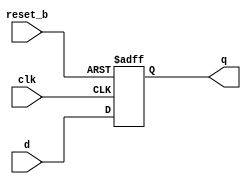
`timescale 1ns / 1ns

//-----------------------------------------------------------------------------
// Design Name : CSE591 Lab #3
// Function    : D flip-flop async reset
// Description :
//-----------------------------------------------------------------------------
module dff_async_reset
    (input  wire d,       // Data Input
    input  wire clk,     // Clock Input
    input  wire reset_b, // Reset input
    output reg  q);      // Q output
    
    always@(posedge clk or negedge reset_b)
        if (~reset_b) q <= 1'b0;
        else          q <= d;
    
endmodule

//-----------------------------------------------------------------------------
// Design Name : CSE591 Lab #3
// Function    : Synchronization
//-----------------------------------------------------------------------------
module sync
    (input wire OutputClock,  //
    input  wire reset_b,      //
    input  wire InputData,    //
    output wire OutputData);  //

    /*************************************************************************
    * Continuous Assignments                                                *
    *************************************************************************/
    wire synch_flop_1;
    
    
    /*************************************************************************
    * Module Instantations                                                  *
    *************************************************************************/
    
    dff_async_reset
        dff_1
        (// Global Signals                  // ----------------------------
        .clk     (OutputClock),
        .reset_b (reset_b),
        //                                  // ----------------------------
        .d       (InputData),
        .q       (synch_flop_1));
    
    dff_async_reset
        dff_2
        (// Global Signals                  // ----------------------------
        .clk     (OutputClock),
        .reset_b (reset_b),
        //                                 // ----------------------------
        .d       (synch_flop_1),
        .q       (OutputData));
    
endmodule

//-----------------------------------------------------------------------------
// Design Name : CSE591 Lab #3
// Function    : Pointer Comparator Module
//-----------------------------------------------------------------------------
module COMPARE
    #(parameter DEPTH = 10, ALMOST_FULL = 4 /* 32 Elements */)
    (input  [DEPTH:0] wptr, rptr,
    output wire      empty, full);
    
    /*************************************************************************
    * Continuous Assignments                                                *
    *************************************************************************/
    assign empty = (wptr[DEPTH:0] == rptr[DEPTH:0]);
    // assign full  = (wptr[DEPTH] != rptr[DEPTH]) & (wptr[DEPTH-1:0] == rptr[DEPTH-1:0]);
    assign full  = (wptr[DEPTH] != rptr[DEPTH]) & (wptr[DEPTH-1: ALMOST_FULL] == rptr[DEPTH-1: ALMOST_FULL]);
    
    // synthesis translate off
    always@(full or empty) begin
        $display("current depth is %0d, current empty is %0d, current full is %0d", DEPTH, empty, full);
    end 
    // synthesis translate on
endmodule        


//-----------------------------------------------------------------------------
// Design Name : CSE591 Lab #3
// Function    : D flip-flop async reset
//-----------------------------------------------------------------------------
module POINTER
    #(parameter DEPTH = 5 /* 32 Elements */)
    (input                clk, reset_b, incr,
    output reg [DEPTH:0] ptr);
    
    // fifo control logic (register for read pointers)
    always@(posedge clk, negedge reset_b)
        if (~reset_b) ptr <= 0;
        else if (incr) ptr <= ptr + 1;
    
endmodule

module memory
    #(parameter WIDTH = 7, DEPTH = 32, ADDR = 5)
    (// Globals Signals
    input  wire             clk, reset_b, 
    input  wire             write,
    input  wire [ADDR -1:0] waddr, raddr,
    input  wire [WIDTH-1:0] wdata,
    output wire [WIDTH-1:0] rdata);
    
    integer i;
    reg [WIDTH-1:0] memory [DEPTH-1:0];
    
    /*************************************************************************
    * Continuous Assignments                                                *
    *************************************************************************/
    assign rdata = memory [raddr]; // register file read operation
    
    always @(posedge clk, negedge reset_b) // register file write operation
        if (~reset_b) for (i = 0; i < DEPTH; i = i + 1) memory[i] <= 'd0;
        else if (write) memory [waddr] <= wdata;
    
endmodule

//-----------------------------------------------------------------------------
// Design Name : CSE591 Lab #3
// Function    : Asynchronous FIFO
//-----------------------------------------------------------------------------
module async_fifo (reset_b, rclk, wclk, write, read, wdata, rdata, empty, full);
    parameter WIDTH =  8;
    parameter DEPTH = 32;
    parameter ADDR  =  5;
    
    input  wire             reset_b;
    input  wire             rclk;
    input  wire             wclk;
    input  wire             write;
    input  wire             read;
    input  wire [WIDTH-1:0] wdata;
    output wire [WIDTH-1:0] rdata;
    output wire             empty;
    output wire             full;
    
    wire             write_wclk;
    wire             read_rclk;
    wire [WIDTH-1:0] wdata_wclk;
    wire [WIDTH-1:0] rdata_wclk;
    wire [ADDR   :0] raddr_wclk;
    wire [ADDR   :0] waddr_wclk;
    wire [ADDR   :0] raddr_rclk;
    wire [ADDR   :0] waddr_rclk;
    
    /*************************************************************************
    * Continuous Assignments                                                *
    *************************************************************************/
    assign wdata_wclk = wdata;
    assign write_wclk = write;
    assign read_rclk  = read;
    assign rdata      = rdata_wclk;
    
    /*************************************************************************
    * Module Instantiation                                                  *
    *************************************************************************/
    memory #(WIDTH, DEPTH, ADDR)
        i_memory
        (// Globals Signals
        .clk     (wclk),
        .reset_b (reset_b),
        .write   (write_wclk),
        .waddr   (waddr_wclk[ADDR-1:0]),
        .raddr   (raddr_wclk[ADDR-1:0]),
        .wdata   (wdata_wclk),
        .rdata   (rdata_wclk));
        
    genvar i;
    generate
        for(i=0; i <= ADDR; i = i + 1) begin: Write_Address
                sync
                i_write_ClockSync
                (// Global Signals
                .OutputClock(rclk),          // I
                .reset_b    (reset_b),       // I
                //
                .InputData  (waddr_wclk[i]), // I
                //
                .OutputData (waddr_rclk[i]));// O
            end
    endgenerate
    
    genvar j;
    generate
        for(j = 0; j <= ADDR; j = j + 1) begin: Read_Address
                sync
                i_read_ClockSync
                (// Glbal Signals
                .OutputClock(wclk),          // I
                .reset_b    (reset_b),        // I
                //
                .InputData  (raddr_rclk[j]), // I
                //
                .OutputData (raddr_wclk[j]));// O           
        end
    endgenerate
    
    POINTER #(ADDR)
        read_pointer_rclk
        (// Globals Signals
        .clk             (rclk),
        .reset_b         (reset_b),
        //
        .incr    (read_rclk),
        //
        .ptr     (raddr_rclk));
    
    POINTER #(ADDR)
        write_pointer_wclk
        (.clk     (wclk),
        .reset_b (reset_b),
        .incr    (write_wclk),
        .ptr     (waddr_wclk));
    
    COMPARE #(ADDR)
        comparator_rclk (
        .wptr    (waddr_rclk),
        .rptr    (raddr_rclk),
        .empty   (empty),
        .full    ());
    
    COMPARE #(ADDR)
        comparator_wclk
        (.wptr    (waddr_wclk),
        .rptr    (raddr_wclk),
        .empty   (),
        .full    (full));
    
endmodule

//-----------------------------------------------------------------------------
// Design Name : CSE591 Lab #3
// Function : Output State Machine
//-----------------------------------------------------------------------------
module output_sm (
    // Global inputs
    input  wire clk,                   // System Clock
    input  wire reset_b,               // Active high, asyn reset
    // FIFO Interface
    input  wire        fifo_empty,     // FIFO is empty
    output wire        fifo_read,      // FIFO read enable
    input  wire [8:0]  fifo_data,      // FIFO data
    // Ouput Interface
    output wire         ready,         // Output data valid
    input  wire         read,          // Output read enable
    output reg  [7:0]   port           // Data input
    );
    
    parameter IDLE        = 3'b000,
        PROCESS_PACKET    = 3'b001,
        PROCESS_LAST      = 3'b010,
        END_OF_PACKET_1   = 3'b011,
        END_OF_PACKET_2   = 3'b100,
        END_OF_PACKET_3   = 3'b101;
    
    reg [02:00] state, next_state;
    reg [08:00] last_fifo_data;
    reg [07:00] next_port;
    reg         hold_off_ready;
    
    wire end_of_packet;
    
    /*************************************************************************
    * Continuous Assignments                                                *
    *************************************************************************/
    
    // Pass FIFO empty signal directly out as Output data valid,
    // but also hold it until packet is processed
    assign ready = (~fifo_empty && ~hold_off_ready) || (state == PROCESS_LAST);
    
    // Pass read signal directly through as FIFO read, as long as we are in
    // states that need new data
    assign fifo_read = (~fifo_empty & read & ((next_state == PROCESS_PACKET) | (next_state == PROCESS_LAST)));
           
    assign end_of_packet = fifo_data[8];
           
    // Synchronous SM Logic
    always @(posedge clk or negedge reset_b)
        if (~reset_b) begin
            state           <= IDLE;
            port            <= 8'h0;
        end
        else begin
            state           <= next_state;
            port            <= next_port;
            last_fifo_data  <= fifo_data;
        end
    
    // Aynchronous SM Logic
    always @* 
        case(state)
            IDLE: begin
                hold_off_ready = 1'b0; // Enforce inter-packet gap
                if (read && ~fifo_empty) begin
                    next_state = PROCESS_PACKET;
                    next_port  = fifo_data[7:0];
                end
                else begin
                    next_state = IDLE;
                    next_port  = 8'h00;
                end
            end                
            PROCESS_PACKET: begin
                hold_off_ready = 1'b0; // Enforce inter-packet gap
                //  We decide that we are done processing the current packet,
                // either when the FIFO is empty or we see a different value
                // in the FIFO Index from our current value.
                if (end_of_packet | fifo_empty) begin
                    
                    next_state     = PROCESS_LAST;
                    next_port      = fifo_data[7:0];
                end
                else begin
                    next_state     = PROCESS_PACKET;
                    next_port      = fifo_data[7:0];
                end
            end                
            PROCESS_LAST: begin
                hold_off_ready = 1'b1; // Enforce inter-packet gap
                next_state     = END_OF_PACKET_1;
                next_port      = 8'h00;
            end
            END_OF_PACKET_1: begin 
                hold_off_ready = 1'b1; // Enforce inter-packet gap
                next_state     = END_OF_PACKET_2;
                next_port      = 8'h00;
            end
            END_OF_PACKET_2: begin
                hold_off_ready = 1'b1; // Enforce inter-packet gap
                next_state     = END_OF_PACKET_3;
                next_port      = 8'h00;
            end
            END_OF_PACKET_3: begin
                hold_off_ready = 1'b1; // Enforce inter-packet gap
                next_state = IDLE;
                next_port  = 8'h00;
            end
            // Illegal state
            default: begin
                hold_off_ready = 1'b0; // Enforce inter-packet gap
                next_state = IDLE;
                next_port  = 8'h00;
            end
        endcase
    
endmodule

//-----------------------------------------------------------------------------
// Design Name : CSE591 Lab #3
// Function : Packet Router
//-----------------------------------------------------------------------------
module packet_router (
    // Global inputs                    // ------------------------------------
    input  wire         clk,            // System Clock
    input  wire         reset_b,        // Active Low, asyn reset
    // Port address registers           // ------------------------------------
    input wire  [07:00] address_port_0, // Address for each port
    input wire  [07:00] address_port_1, //
    input wire  [07:00] address_port_2, //
    input wire  [07:00] address_port_3, //
    // Input port                       // ------------------------------------
    input  wire         data_stall,     // Stall the input stream
    input  wire         data_valid,     // Data valid input
    input  wire [07:00] data,           // Data input
    // Output ports                     // ------------------------------------
    output reg          ready_0,        // Port 0 Output has data
    output reg  [07:00] port0,          // Port 0 Data Output
    output reg          ready_1,        // Output has data
    output reg  [07:00] port1,          // Data input
    output reg          ready_2,        // Output has data
    output reg  [07:00] port2,          // Data input
    output reg          ready_3,        // Output has data
    output reg  [07:00] port3);         // Data input
    
    parameter 
        IDLE              = 1'b0,
        PROCESS_PACKET    = 1'b1;
    
    reg       state;
    reg       next_state;
    reg [7:0] data_d;
    reg       data_ready;
    reg [7:0] packet_address;
    
    /*************************************************************************
    * Continuous Assignments                                                *
    *************************************************************************/
    
    // Synchronous SM Logic
    always @(posedge clk or negedge reset_b) begin
            if (~reset_b) begin
                    state               <= IDLE;
                    data_d              <= 9'h00;
                    data_ready          <= 1'b0;
                    packet_address      <= 8'h00;
                end
            else begin
                    state               <= next_state;
                    data_d              <= data;
                    data_ready          <= data_valid;
                    if (state == IDLE) 
                        packet_address  <= data;
                end
        end
    
    // Aynchronous SM Logic
    always @*
        case(state)
            IDLE: 
                if (data_valid & ~data_stall) next_state = PROCESS_PACKET;
                else                          next_state = IDLE;
            PROCESS_PACKET:
                if (data_valid & ~data_stall) next_state = PROCESS_PACKET;
                else if (~data_valid | data_stall)         next_state = IDLE;
                else                          next_state = PROCESS_PACKET;
        endcase
    
    // Route data to correct output port or drop
    always @* begin
        port0   = 8'd0;
        ready_0 = 1'b0;
        port1   = 8'd0;
        ready_1 = 1'b0;
        port2   = 8'd0;
        ready_2 = 1'b0;
        port3   = 8'd0;
        ready_3 = 1'b0;
        case(packet_address)
            address_port_0: begin
                port0   = data_d;
                ready_0 = data_ready;
            end
            address_port_1: begin
                port1   = data_d;
                ready_1 = data_ready;
            end
            address_port_2: begin
                port2   = data_d;
                ready_2 = data_ready;
            end
            address_port_3: begin
                port3   = data_d;
                ready_3 = data_ready;
            end
        endcase
    end
    
endmodule

//-----------------------------------------------------------------------------
// Design Name : CSE591 Lab #3
// Function    : Registers that hold port addresses
// Coder       : Kyle D. Gilsdorf
//-----------------------------------------------------------------------------
module port_address_reg
    (// Global inputs                  // -------------------------------------
    input  wire clk,                   // System Clock
    input  wire reset_b,               // Active high, asyn reset
    // Memory inputs                   // -------------------------------------
    input  wire         mem_en,        // Memory enable
    input  wire         mem_rd_wr,     // Memory read/write
    input  wire [01:00] mem_addr,      // Memory address
    input  wire [07:00] mem_wdata,     // Memory data
    output reg  [07:00] mem_rdata,     // Memory data
    // Register outputs                // -------------------------------------
    output reg  [07:00] address_port_0,// Port 0 address
    output reg  [07:00] address_port_1,// Port 1 address
    output reg  [07:00] address_port_2,// Port 2 address
    output reg  [07:00] address_port_3 // Port 3 address
    );
    
    always@*
        case(mem_addr)
            2'd0: mem_rdata <= address_port_0;
            2'd1: mem_rdata <= address_port_1;
            2'd2: mem_rdata <= address_port_2;
            2'd3: mem_rdata <= address_port_3;
        endcase
    
    always @(posedge clk or negedge reset_b) begin
            if (~reset_b) begin
                    address_port_0 <= 8'h00;
                    address_port_1 <= 8'h01;
                    address_port_2 <= 8'h02;
                    address_port_3 <= 8'h03;
                end
            else if (mem_en && mem_rd_wr) begin
                    case (mem_addr)
                        2'b00: address_port_0 <= mem_wdata;
                        2'b01: address_port_1 <= mem_wdata;
                        2'b10: address_port_2 <= mem_wdata;
                        2'b11: address_port_3 <= mem_wdata;
                    endcase
                end
        end
endmodule

//-----------------------------------------------------------------------------
// Design Name : CSE591 Lab #3
// Function : Toplevel Design
//-----------------------------------------------------------------------------
module switch (
    // Global inputs                   // -------------------------------------
    input  wire         fast_clk,      // 1GHz Write Clock
    input  wire         slow_clk,      // 111MHz Read Clock
    input  wire         reset_b,       // Active Low, Asynchronous Reset
    // Memory inputs                   // -------------------------------------
    input  wire         mem_en,        // Memory enable
    input  wire         mem_rd_wr,     // Memory read/write
    input  wire [01:00] mem_addr,      // Memory address
    input  wire [07:00] mem_wdata,     // Data to be written to the memory interface
    output wire [07:00] mem_rdata,     // Data read from the memory interface
    // Input port                      // -------------------------------------
    output wire         data_stall,    //
    input  wire         data_valid,    // Data valid input
    input  wire [07:00] data,          // Data input
    // Output ports                    // -------------------------------------
    output wire         ready_0,       // Port 0 has data
    input  wire         read_0,        // Data valid input
    output wire [07:00] port0,         // Data input
    output wire         ready_1,       // Output has data
    input  wire         read_1,        // Data valid input
    output wire [7:0]   port1,         // Data input
    output wire         ready_2,       // Output has data
    input  wire         read_2,        // Data valid input
    output wire [7:0]   port2,         // Data input
    output wire         ready_3,       // Output has data
    input  wire         read_3,        // Data valid input
    output wire [7:0]   port3);        // Data input
    
    // Internal signals
    wire [07:00] address_port [03:00]; // Address for each port
    wire [03:00] router_ready;         // Router has data
    wire [07:00] router_port [03:00];  // Router data
    wire [03:00] fifo_empty;
    wire [03:00] fifo_full;            // FIFO has data
    wire [03:00] fifo_read;            //
    wire [08:00] fifo_port [03:00];    // FIFO data
    
    
    /*************************************************************************
    * Continuous Assignments                                                 *
    **************************************************************************/
    assign data_stall = |fifo_full;
    
    /*************************************************************************
    * Module Instantations                                                   *
    **************************************************************************/
    port_address_reg // Instantiate Port address registers
        i_port_address_reg
        (// Global Signals                   // -------------------------------
        .clk             (fast_clk),         //
        .reset_b         (reset_b),          //
        // Memory Configuration Interface    // -------------------------------
        .mem_en          (mem_en),           //
        .mem_rd_wr       (mem_rd_wr),        //
        .mem_addr        (mem_addr),         //
        .mem_rdata       (mem_rdata),        //
        .mem_wdata       (mem_wdata),        //
        // Output Mux'ing Interface          // -------------------------------
        .address_port_0  (address_port[0]),  //
        .address_port_1  (address_port[1]),  //
        .address_port_2  (address_port[2]),  //
        .address_port_3  (address_port[3])); //
    
    // Instantiate Port address registers
    packet_router
        i_packet_router (
        // Global Signals                    // -------------------------------
        .clk             (fast_clk),         // I
        .reset_b         (reset_b),          // I
        //                                   // -------------------------------
        .address_port_0  (address_port[0]),  // O [07:00]
        .address_port_1  (address_port[1]),  // O [07:00]
        .address_port_2  (address_port[2]),  // O [07:00]
        .address_port_3  (address_port[3]),  //
        .data_stall      (data_stall),       // I
        .data_valid      (data_valid),       //
        .data            (data),             //
        .ready_0         (router_ready[0]),  //
        .port0           (router_port[0]),   //
        .ready_1         (router_ready[1]),  //
        .port1           (router_port[1]),   //
        .ready_2         (router_ready[2]),  //
        .port2           (router_port[2]),   //
        .ready_3         (router_ready[3]),  //
        .port3           (router_port[3]));  //
    
    genvar i;
    generate
        for(i=0; i < 4; i = i + 1) begin: Asynchronous_FIFOs
                async_fifo #(9,1024,10) // Instantiate Packet FIFO's (1024 deep by 8 bits)
                i_fifo (
                // Global Signals                  // ---------------------------------
                .reset_b         (reset_b),        // I         Active-Low Asynchronous
                // Read Interface                  // ---------------------------------
                .rclk            (slow_clk),       // I         111MHz Read Clock
                .read            (fifo_read[i]),   // I         Advance read pointer
                .empty           (fifo_empty[i]),  // O         FIFO is Empty
                .rdata           (fifo_port[i]),   // O [08:00] Data being read
                // Write Interface                 // ---------------------------------
                .wclk            (fast_clk),       // I         1GHz Write Clock
                .write           (router_ready[i]),// I         Push Data Signal
                .wdata           ({~data_valid, router_port[i][7:0]}), // I [08:00] Data to be written
                .full            (fifo_full[i]));  // O         FIFO is Full
            end
    endgenerate
    
    // Instantiate Output SM's
    output_sm
        i_output_sm_0 (
        // Global Signals                  // ---------------------------------
        .clk             (slow_clk),       // I         111MHz Read Clock
        .reset_b         (reset_b),        // I         Active-Low Asynchronous
        // FIFO Interface                  // ---------------------------------
        .fifo_empty      (fifo_empty[0]),  //
        .fifo_read       (fifo_read[0]),   //
        .fifo_data       (fifo_port[0]),   //
        //
        .ready           (ready_0),        //
        .read            (read_0),         //
        .port            (port0));         //
    
    output_sm
        i_output_sm_1 (
        // Global Signals                   // ----------------------------
        .clk             (slow_clk),        // I         111MHz Read Clock
        .reset_b         (reset_b),         // I         Active-Low Asynchronous
        // FIFO Interface                   // ----------------------------
        .fifo_empty      (fifo_empty[1]),
        .fifo_read       (fifo_read[1]),
        .fifo_data       (fifo_port[1]),    // I [08:00]
        // Output Interface
        .ready           (ready_1),
        .read            (read_1),
        .port            (port1));
    
    output_sm
        i_output_sm_2
        (// Global Signals                  // ----------------------------
        .clk             (slow_clk),        // I         111MHz Read Clock
        .reset_b         (reset_b),         // I         Active-Low Asynchronous
        // FIFO Interface                   // ----------------------------
        .fifo_empty      (fifo_empty[2]),   //
        .fifo_read       (fifo_read[2]),    //
        .fifo_data       (fifo_port[2]),    //
        // Output Interface                 // -----------------------------
        .ready           (ready_2),         //
        .read            (read_2),          //
        .port            (port2));          //
    
    output_sm
        i_output_sm_3
        (// Global Signals                  // ----------------------------
        .clk             (slow_clk),       // I         111MHz Read Clock
        .reset_b         (reset_b),        // I         Active-Low Asynchronous
        // FIFO Interface                  // ----------------------------
        .fifo_empty      (fifo_empty[3]),
        .fifo_read       (fifo_read[3]),
        .fifo_data       (fifo_port[3]),
        // Output Interface                // -----------------------------
        .ready           (ready_3),
        .read            (read_3),
        .port            (port3));
    
endmodule